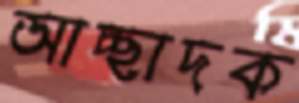
আচ্ছাদক